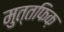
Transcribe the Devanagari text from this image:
मुत्तफिक़